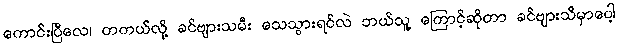
ကောင်းပြီလေ၊ တကယ်လို့ ခင်ဗျားသမီး သေသွားရင်လဲ ဘယ်သူ့ ကြောင့်ဆိုတာ ခင်ဗျားသိမှာပေါ့